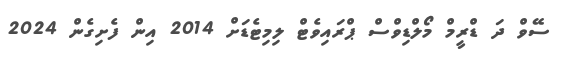
ސޭވް ދަ ޑްރީމް މޯލްޑިވްސް ޕްރައިވެޓް ލިމިޓެޑަށް 2014 އިން ފެށިގެން 2024